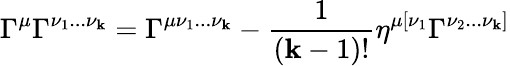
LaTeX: \Gamma^{\mu}\Gamma^{\nu_{1}...\nu_{\mathbf{k}}}=\Gamma^{\mu\nu_{1}...\nu_{\mathbf{k}}}-{\frac{{1}}{{(\mathbf{k}-1)!}}}\eta^{\mu[\nu_{1}}\Gamma^{\nu_{2}...\nu_{\mathbf{k}}]}